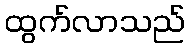
ထွက်လာသည်